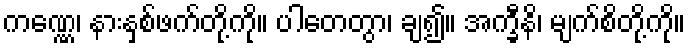
ကဏ္ဏေ၊ နားနှစ်ဖက်တို့ကို။ ပါတေတွာ၊ ချ၍။ အက္ခီနိ၊ မျက်စိတို့ကို။